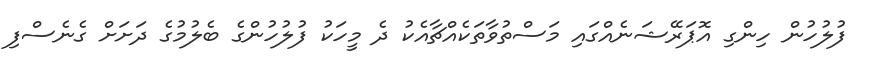
ފުލުހުން ހިިންގި އޮޕަރޭޝަނެއްގައި މަސްތުވާތަކެއްޗާއެކު ދެ މީހަކު ފުލުހުންގެ ބެލުމުގެ ދަށަށް ގެނެސްފި